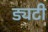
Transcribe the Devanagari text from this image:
ड्यटी